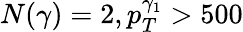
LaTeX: N(\gamma)=2,p_{T}^{\gamma_{1}}>500